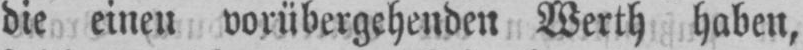
die einen vorübergehenden Werth haben,